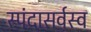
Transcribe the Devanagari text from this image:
स्पंदासर्वस्व